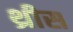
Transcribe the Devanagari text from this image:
थ्रीस